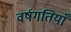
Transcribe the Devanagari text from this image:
वर्षगतियाँ